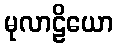
မုလာဠိယော